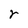
Character: r